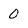
Character: 0